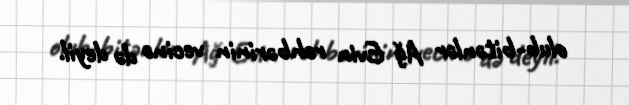
olub-bitənlər Ağ Evin rəhbərinin vecinə də deyil.